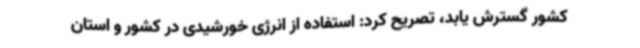
کشور گسترش یابد، تصریح کرد: استفاده از انرژی خورشیدی در کشور و استان